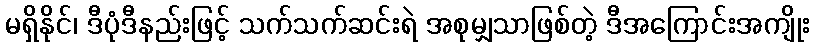
မရှိနိုင်၊ ဒီပုံဒီနည်းဖြင့် သက်သက်ဆင်းရဲ အစုမျှသာဖြစ်တဲ့ ဒီအကြောင်းအကျိုး